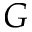
G